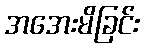
အအေးမိခြင်း